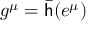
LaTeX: g ^ { \mu } = { \bar { \mathsf { h } } } ( e ^ { \mu } )